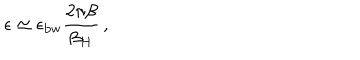
\epsilon \simeq \epsilon _ { \mathrm { b w } } { \frac { 2 \pi \beta } { \beta _ { H } } } \, ,